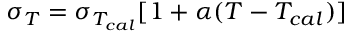
\sigma _ { T } = { \sigma _ { T _ { c a l } } [ 1 + \alpha ( T - T _ { c a l } ) ] }